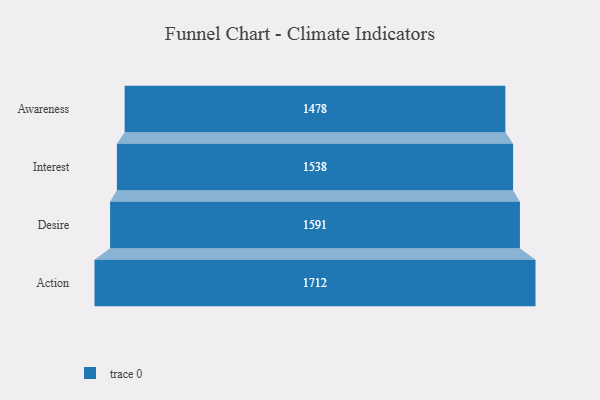
{"axis": {"x": "Stage", "y": "Value"}, "legend": [""], "data": [{"x": "Awareness", "y": 1478.0, "type": ""}, {"x": "Interest", "y": 1538.0, "type": ""}, {"x": "Desire", "y": 1591.0, "type": ""}, {"x": "Action", "y": 1712.0, "type": ""}]}